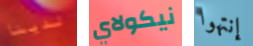
لدينا نيكولاي إنتهوا